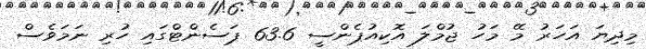
މިދިޔަ އަހަރު މޭ މަހު ޖުމްލަ އޮކިއުޕެންސީ 63.6 ޕަސެންޓްގައި ހުރި ނަމަވެސް